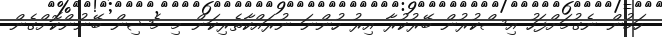
ހަމުން ނެގުމަށްފަހު އިސްކުރުން ބޭރުކުރާ އިރު ހުންނަ ނުރައްކާތެރިކަން މި މެޝިން ބޭނުންކޮށްގެން